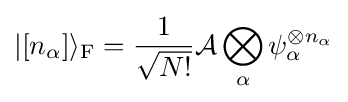
|[n_{\alpha }]\rangle _{\rm {F}}={\frac {1}{\sqrt {N!}}}{\mathcal {A}}\bigotimes \limits _{\alpha }\psi _{\alpha }^{\otimes n_{\alpha }}